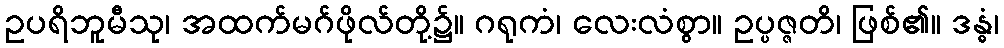
ဥပရိဘူမီသု၊ အထက်မဂ်ဖိုလ်တို့၌။ ဂရုကံ၊ လေးလံစွာ။ ဥပ္ပဇ္ဇတိ၊ ဖြစ်၏။ ဒန္ဓံ၊